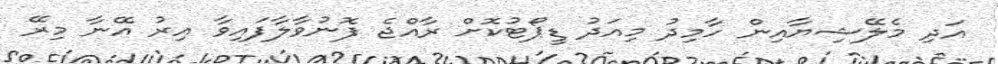
އަދި މެލޭޝިޔާއިން ހާމިދު މިއަދު ޑީޕޯޓުކޮށް ރާއްޖެ ފޮނުވާލާފައިވާ އިރު އޭނާ މިރޭ